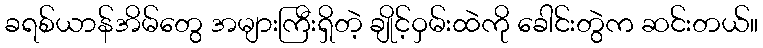
ခရစ်ယာန်အိမ်တွေ အများကြီးရှိတဲ့ ချိုင့်ဝှမ်းထဲကို ခေါင်းတွဲက ဆင်းတယ်။